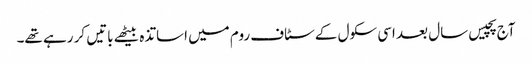
آج پچیس سال بعد اسی سکول کے سٹاف روم میں اساتذہ بیٹھے باتیں کر رہے تھے۔